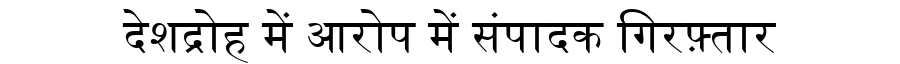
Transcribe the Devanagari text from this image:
देशद्रोह में आरोप में संपादक गिरफ़्तार